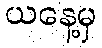
ယနေ့မှ